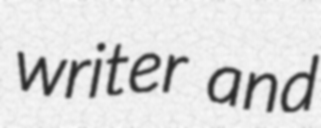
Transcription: writer and